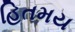
હિતમય